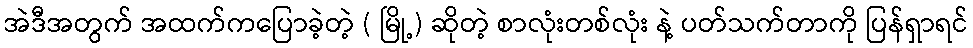
အဲဒီအတွက် အထက်ကပြောခဲ့တဲ့ ( မြို့) ဆိုတဲ့ စာလုံးတစ်လုံး နဲ့ ပတ်သက်တာကို ပြန်ရှာရင်